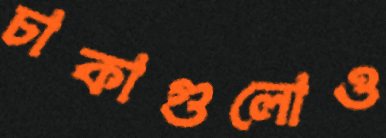
চাকাগুলোও